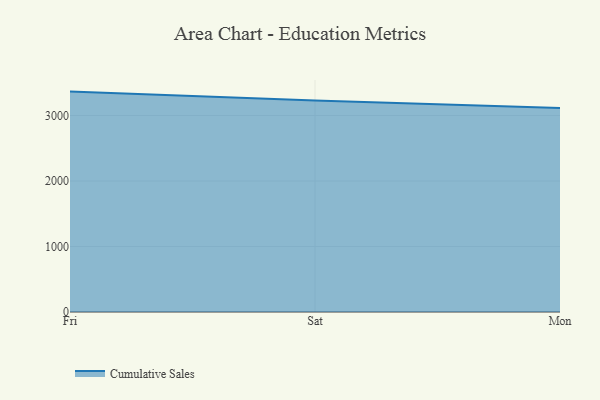
{"axis": {"x": "Day", "y": "Net Income (USD K)"}, "legend": ["Cumulative Sales"], "data": [{"x": "Fri", "y": 3365.2, "type": "Cumulative Sales"}, {"x": "Sat", "y": 3227.6, "type": "Cumulative Sales"}, {"x": "Mon", "y": 3116.3, "type": "Cumulative Sales"}]}